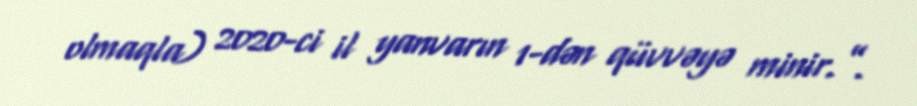
olmaqla) 2020-ci il yanvarın 1-dən qüvvəyə minir.”.